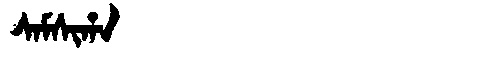
Manchu: ᠰᠠᠮᠰᡳᡥᠠ
Romanization: SAMSIHA